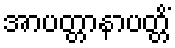
အာပတ္တာနာပတ္တိံ